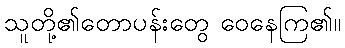
သူတို့၏တောပန်းတွေ ဝေနေကြ၏။